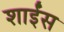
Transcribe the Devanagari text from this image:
शाईंस